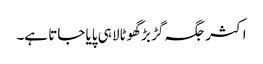
اکثر جگہ گڑ بڑ گھوٹالا ہی پایا جاتا ہے۔